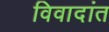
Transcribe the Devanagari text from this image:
विवादांत